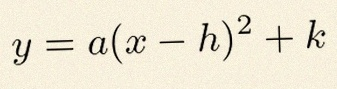
y=a(x-h)^2+k